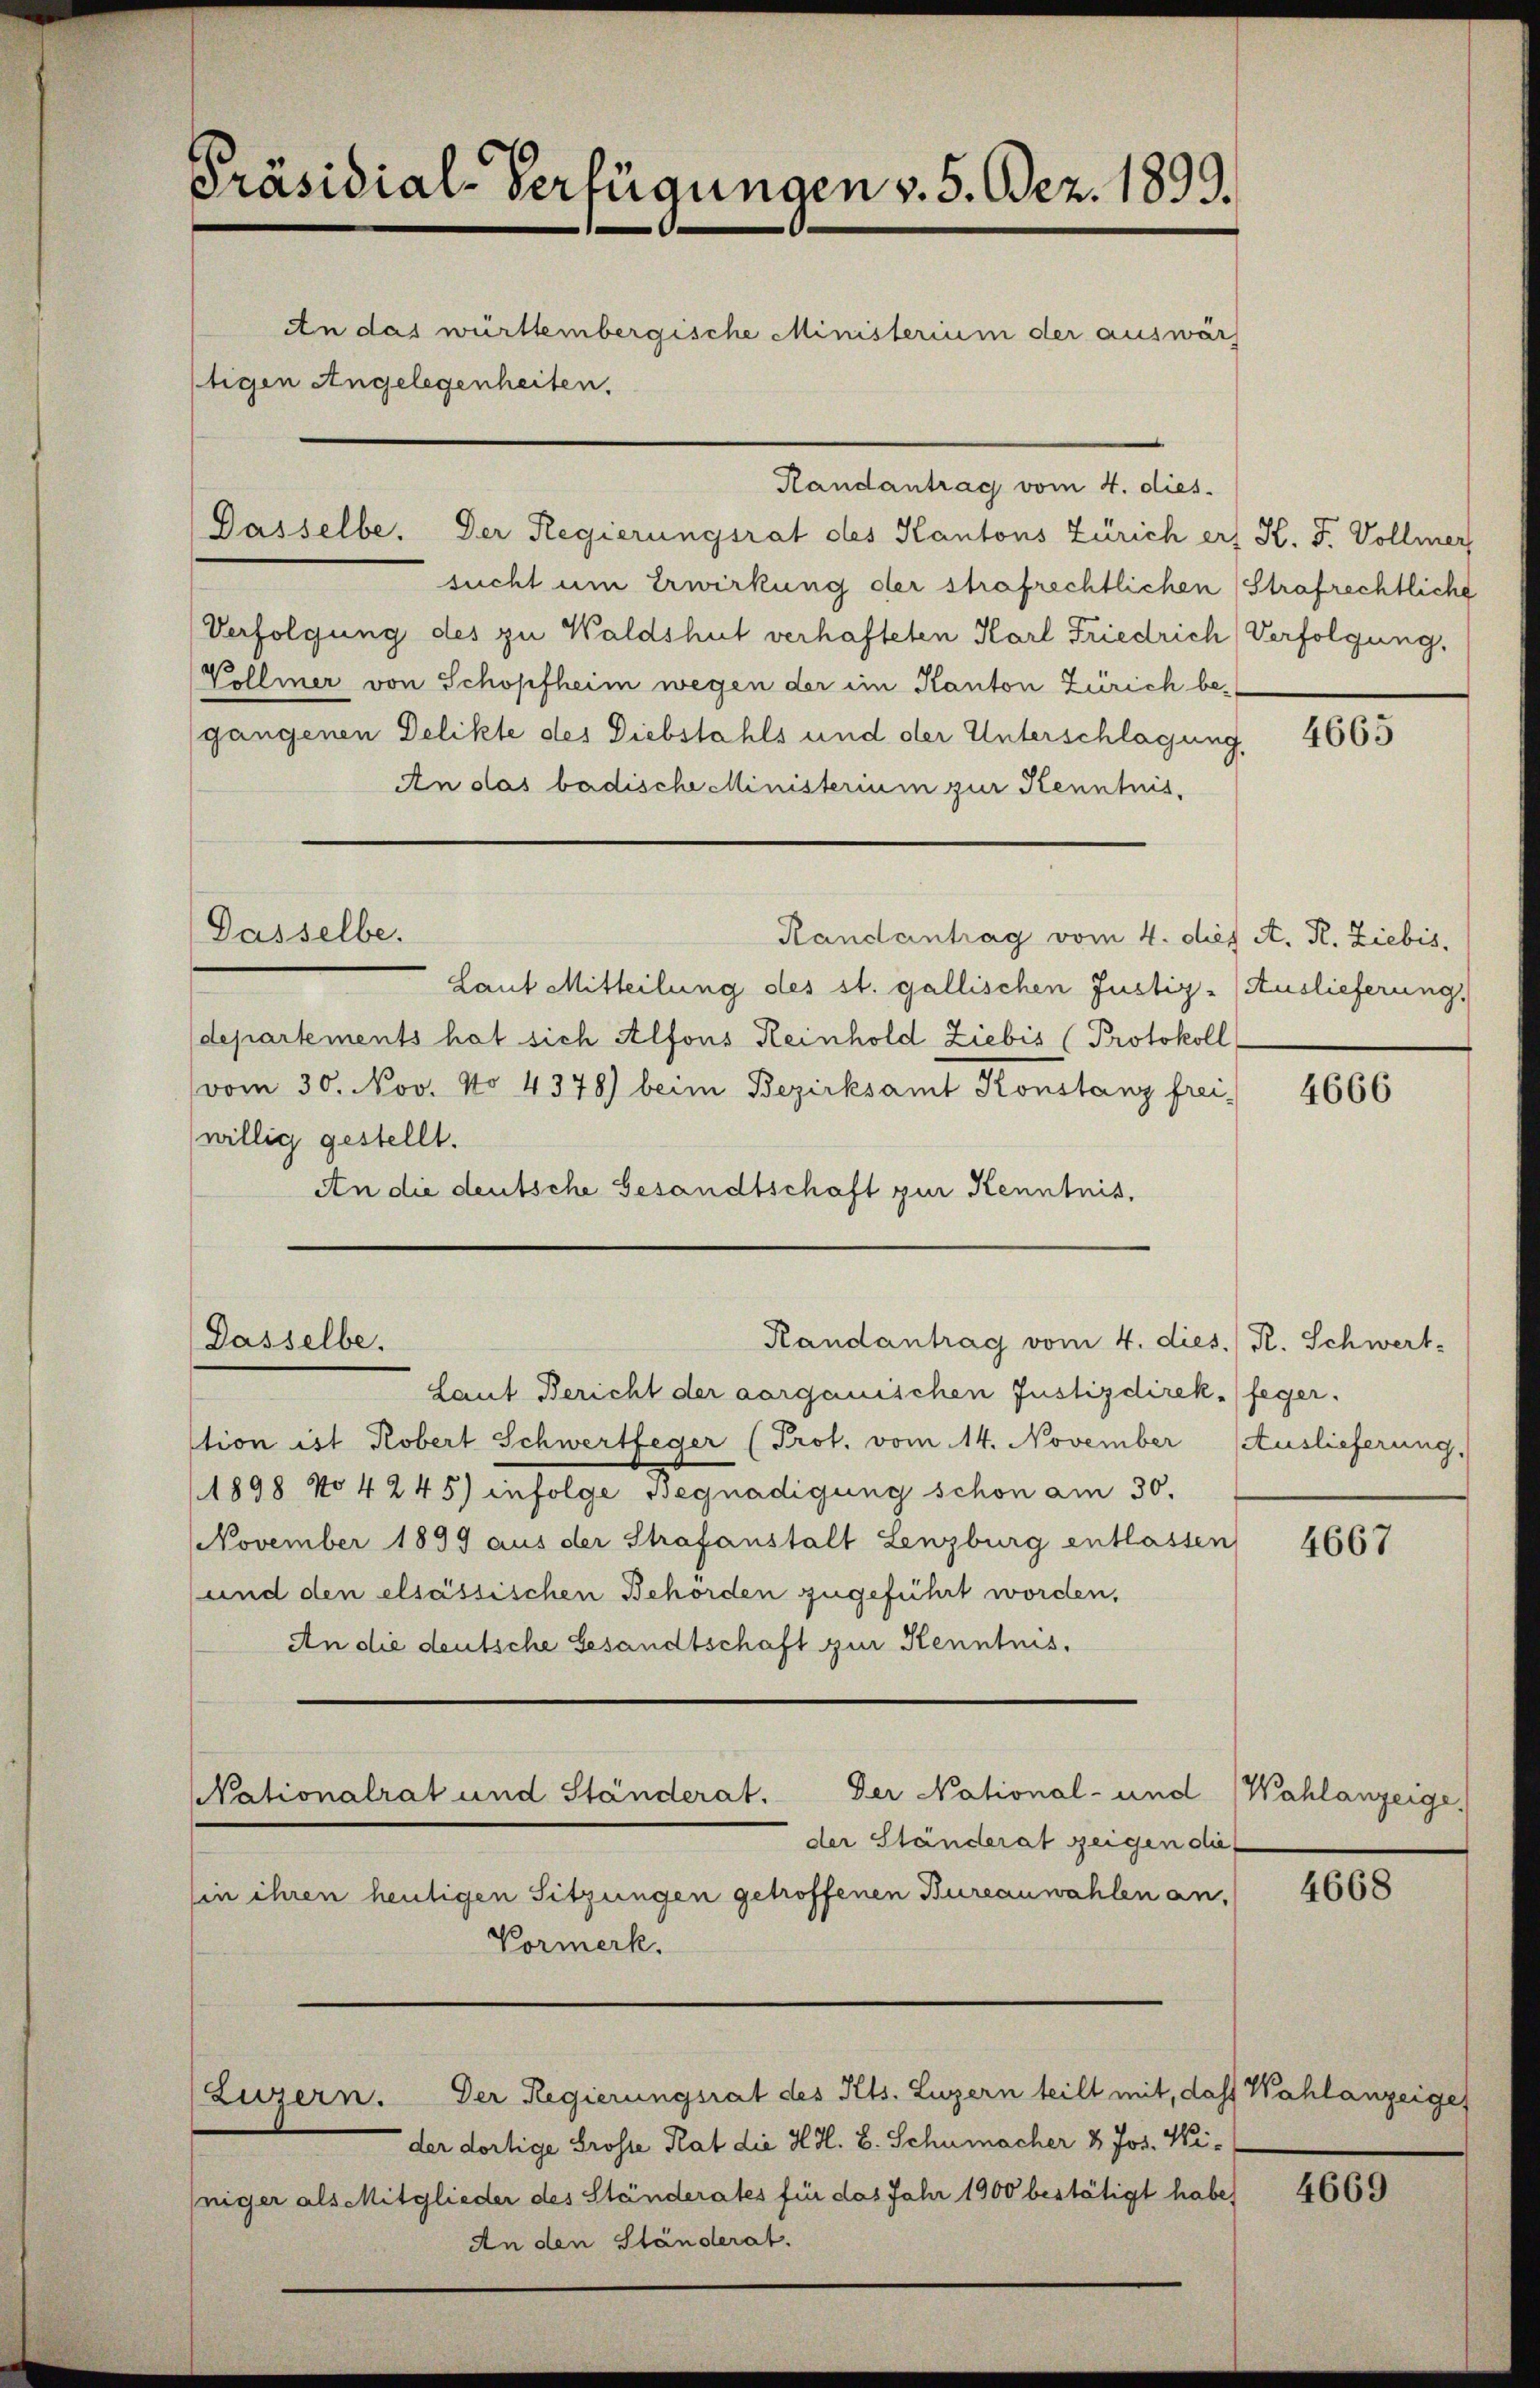
Präsidial-Verfügungen v. 5. Dez. 1899.
An das württembergische Ministerium der auswär
stigen Angelegenheiten.
Randantrag vom 4. dies

Dasselbe. Der Regierungsrat des Kantons Zürich er K. J. Vollmer
sucht um Erwirkung der strafrechtlichen Strafrechtliche
Verfolgung des zu Waldshut verhafteten Karl Friedrich Verfolgung,
Vollmer von Schopfheim wegen der im Kanton Zürich begangenen Delikte des Diebstahls und der Unterschlagung,
An das badische Ministerium zur Kenntnis.
Dasselbe.
Randantrag vom 4. des A. R. Ziebis,
Laut Mitteilung des st. gallischen Justiz - Auslieferung,
departements hat sich Alfons Reinhold Ziebis (Protokoll
vom 30. Nov. No 4378) beim Bezirksamt Konstanz frei-
willig gestellt.
An die deutsche Gesandtschaft zur Kenntnis,

Dasselbe.

Laut Bericht der aarganischen Justizdirek feger.
stion ist Robert Schwertfeger (Prot. vom 14. November Auslieferung,
1898 No 4245) infolge Begnadigung schon am 30.
November 1899 aus der Strafanstalt Lenzburg entlassen
und den elsassischen Behörden zugeführt worden,
An die deutsche Gesandtschaft zur Kenntnis¬

Randantrag vom 4. dies. R. Schwert-

Der National- und Wahlanzeige,
NNationalrat und Ständerat.

Luzern. Der Regierungsrat des Kts. Luzern teilt mit, das Wahlanzeige
der dortige Grosse Rat die H.H. B. Schumacher & Jos. Winiger als Mitglieder des Ständerates für das Jahr 1900 bestätigt habe) 4669
An den Ständerat.

der Ständerat zeigen die
in ihren heutigen Sitzungen getroffenen Bureauwahlen an,
Vormerk.

4665

4666

4667

4668